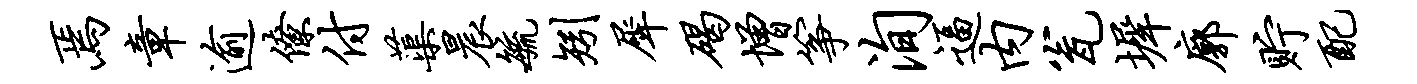
焉章逾僚付蕖晨毓矧犀碣增筝洵逼内瓮墀廓贮配